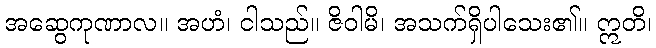
အဆွေကုဏာလ။ အဟံ၊ ငါသည်။ ဇိဝါမိ၊ အသက်ရှိပါသေး၏။ ဣတိ၊